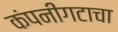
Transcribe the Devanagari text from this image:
कंपनीगटाचा